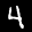
Label: 4